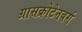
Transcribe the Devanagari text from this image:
ग्रासक्रोटेनबर्ग